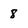
Character: 8